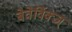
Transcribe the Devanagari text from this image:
बेवेर्विक्ज्